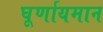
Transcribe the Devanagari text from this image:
घूर्णायमान